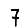
Digit: 7